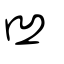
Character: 凹